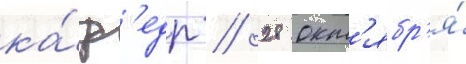
ка́ф'едр // 28 окт'ябр'я́